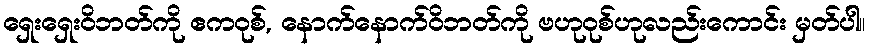
ရှေးရှေးဝိဘတ်ကို ဧကဝုစ်, နောက်နောက်ဝိဘတ်ကို ဗဟုဝုစ်ဟုလည်းကောင်း မှတ်ပါ။